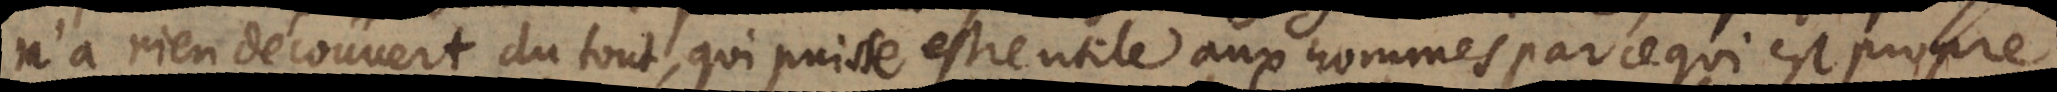
n’a rien découvert du tout, qui puisse estre utile aux hommes par ce qui est propre